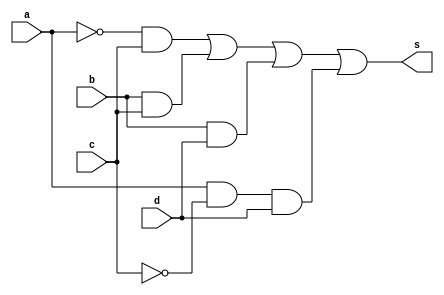
//---------------------------
//Nome: Thaise Souto Martins
//Matrcula: 395504
//---------------------------

//--------------------------
// ------- Guia08-01--------
//--------------------------

module ex1(s, a, b, c, d);
	output s;
	input a, b, c, d;
	wire n1, n2, c1, c2, c3, c4;
	not NOT1(n1, a);
	not NOT2(n2, c);
	and AND1(c1, n1, c);
	and AND2(c2, b, c);
	and AND3(c3, b, d);
	and AND4(c4, a, n2, d);
	or OR1(s, c1, c2, c3, c4);
endmodule // fim ex1

module testeex1();
	reg a, b, c, d;
	wire s;
	integer numero, i, j, k, l;

	ex1 EX1(s, a, b, c, d);

	initial begin
		a = 0;
		b = 0;
		c = 0;
		d = 0;
		numero = -1;
	end

	initial begin
		$display("Guia08-01 - Thaise Souto Martins - 395504 \n");

		#1 $display("   a b c d Out");

		for(i = 0; i < 2; i = i + 1)begin
			a = i;
			for(j = 0; j < 2; j = j + 1)begin
				b = j;
				for(k = 0; k < 2; k = k + 1)begin
					c = k;
					for(l = 0; l < 2; l = l + 1)begin
						#1 d = l; numero = numero + 1;
						#1 $display("%2d %b %b %b %b  %b", numero, a, b, c, d, s);
					end
				end
			end
		end
	end
endmodule // fim testeex1